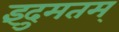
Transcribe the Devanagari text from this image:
इंदुमतम्